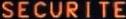
SECURITE